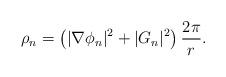
LaTeX: \begin{align*}\rho_n=\left(|\nabla \phi_n|^{2}+|G_n|^{2}\right)\frac{2\pi}{r}. \end{align*}